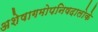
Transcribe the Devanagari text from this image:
अशेषागमोपनिषदालोके